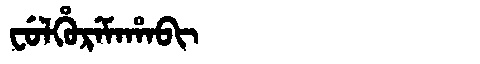
Manchu: ᠸᡠᠯᡥᡠᡵᡝᠮᠠᡥᠠᠪᡳ
Romanization: FULHUREMAHABI